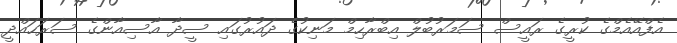
އެފްއޭއެމްގެ ކުރީގެ ރައީސް ސަމަރުބުލް އިބްރާހިމް މަނިކުގެ ދައުރުގައި ސީދާ އާސިއާންގެ ސަރަހައްދީ